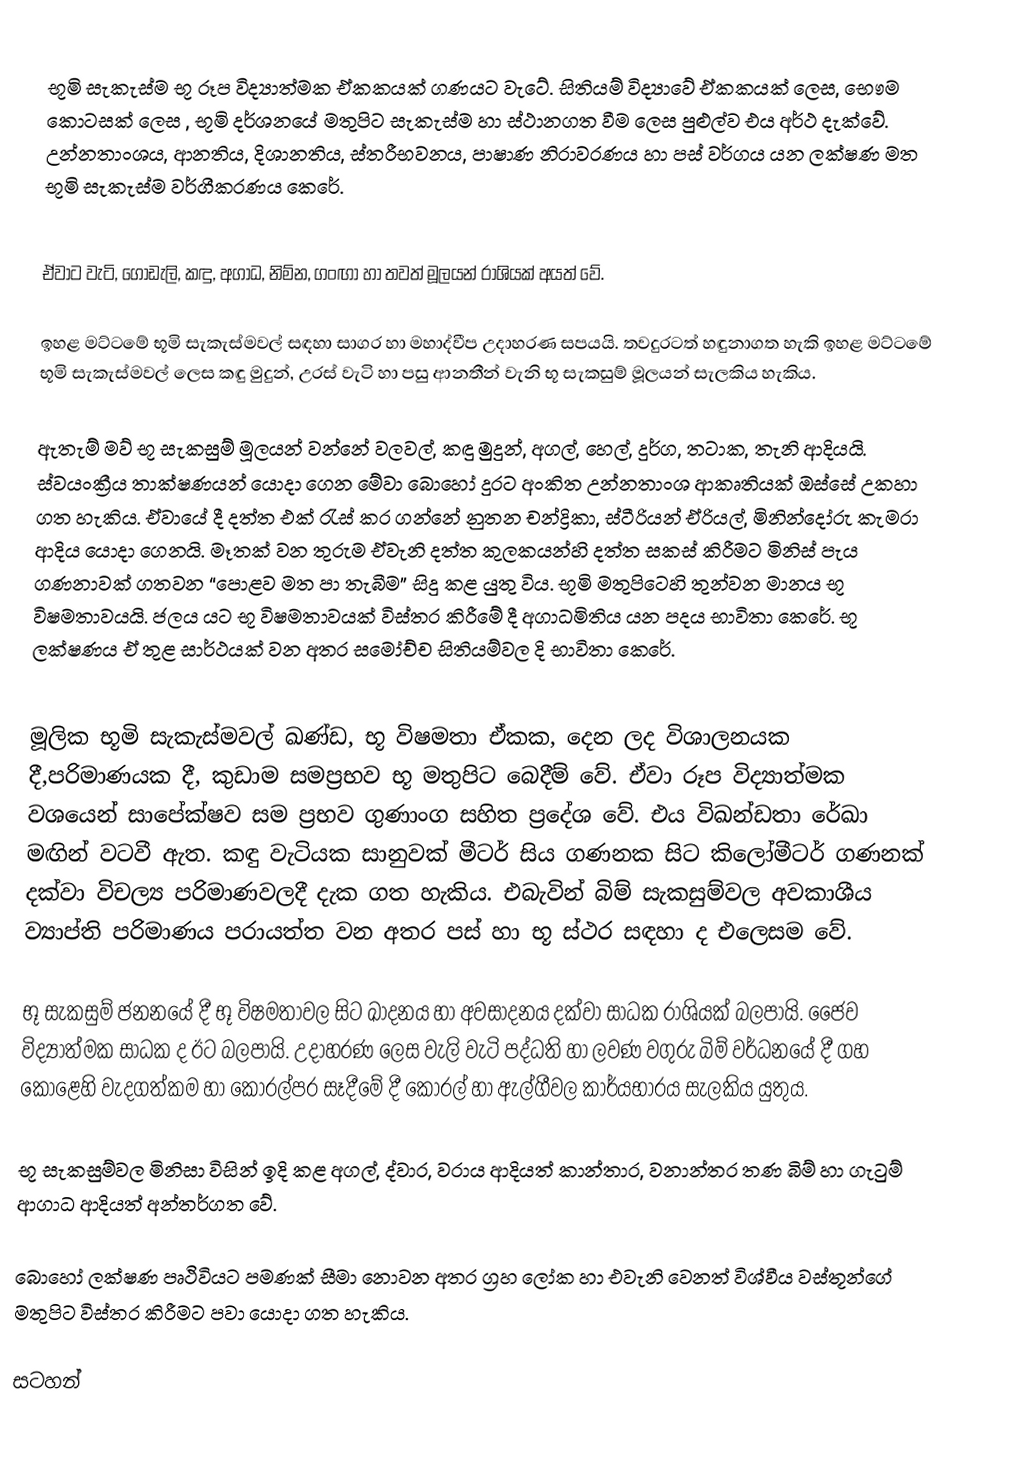
භූමි සැකැස්ම භූ රූප විද්‍යාත්මක ඒකකයක් ගණයට වැටේ. සිතියම් විද්‍යාවේ ඒකකයක් ලෙස, භෞම කොටසක් ලෙස , භූමි දර්ශනයේ මතුපිට සැකැස්ම හා ස්ථානගත වීම ලෙස පුළුල්ව එය අර්ථ දැක්වේ. උන්නතාංශය, ආනතිය, දිශානතිය, ස්තරීභවනය, පාෂාණ නිරාවරණය හා පස් වර්ගය යන ලක්ෂණ මත භූමි සැකැස්ම වර්ගීකරණය කෙරේ.

ඒවාට වැටි, ගොඩැලි, කඳු, අගාධ, නිම්න, ගංඟා හා තවත් මූලයන් රාශියක් අයත් වේ.

ඉහළ මට්ටමේ භූමි සැකැස්මවල් සඳහා සාගර හා මහාද්වීප උදාහරණ සපයයි. තවදුරටත් හඳුනාගත හැකි ඉහළ මට්ටමේ භූමි සැකැස්මවල් ලෙස කඳු මුදුන්, උරස් වැටි හා පසු ආනතීන් වැනි භූ සැකසුම් මූලයන් සැලකිය හැකිය.

ඇතැම් මව් භූ සැකසුම් මූලයන් වන්නේ වලවල්, කඳු මුදුන්, අගල්, හෙල්, දුර්ග, තටාක, තැනි ආදියයි. ස්වයංක්‍රීය තාක්ෂණයන් යොදා ගෙන මේවා බොහෝ දුරට අංකිත උන්නතාංශ ආකෘතියක් ඔස්සේ උකහා ගත හැකිය. ඒවායේ දී දත්ත එක් රැස් කර ගන්නේ නුතන චන්ද්‍රිකා, ස්ටීරියන් ඒරියල්, මිනින්දෝරු කැමරා ආදිය යොදා ගෙනයි. මෑතක් වන තුරුම ඒවැනි දත්ත කුලකයන්හි දත්ත සකස් කිරීමට මිනිස් පැය ගණනාවක් ගතවන “පොළව මත පා තැබීම” සිදු කළ යුතු විය. භූමි මතුපිටෙහි තුන්වන මානය භූ විෂමතාවයයි. ජලය යට භූ විෂමතාවයක් විස්තර කිරීමේ දී අගාධමිතිය යන පදය භාවිතා කෙරේ. භූ ලක්ෂණය ඒ තුළ සාර්ථයක් වන අතර සමෝච්ච සිතියම්වල දි භාවිතා කෙරේ.

මූලික භූමි සැකැස්මවල් ඛණ්ඩ, භූ විෂමතා ඒකක, දෙන ලද විශාලනයක දී,පරිමාණයක දී, කුඩාම සමප්‍රභව භූ මතුපිට බෙදීම් වේ. ඒවා රූප විද්‍යාත්මක වශයෙන් සාපේක්ෂව සම ප්‍රභව ගුණාංග සහිත ප්‍රදේශ වේ. එය විඛන්ඩතා රේඛා මඟින් වටවී ඇත. කඳු වැටියක සානුවක් මීටර් සිය ගණනක සිට කිලෝමීටර් ගණනක් දක්වා විචල්‍ය පරිමාණවලදී දැක ගත හැකිය. එබැවින් බිම් සැකසුම්වල අවකාශීය ව්‍යාප්ති පරිමාණය පරායත්ත වන අතර පස් හා භූ ස්ථර සඳහා ද එලෙසම වේ.

භූ සැකසුම් ජනනයේ දී භූ විෂමතාවල සිට ඛාදනය හා අවසාදනය දක්වා සාධක රාශියක් බලපායි. ජෛව විද්‍යාත්මක සාධක ද ඊට බලපායි. උදාහරණ ලෙස වැලි වැටි පද්ධති හා ලවණ වගුරු බිම් වර්ධනයේ දී ගහ කොළෙහි වැදගත්කම හා කොරල්පර සෑදීමේ දී කොරල් හා ඇල්ගීවල කාර්යභාරය සැලකිය යුතුය.

භූ සැකසුම්වල මිනිසා විසින් ඉදි කළ අගල්, ද්වාර, වරාය ආදියත් කාන්තාර, වනාන්තර තණ බිම් හා ගැටුම් ආගාධ ආදියත් අන්තර්ගත වේ.

බොහෝ ලක්ෂණ පෘථිවියට පමණක් සීමා නොවන අතර ග්‍රහ ලෝක හා එවැනි වෙනත් විශ්වීය වස්තූන්ගේ මතුපිට විස්තර කිරීමට පවා යොදා ගත හැකිය.

සටහන්